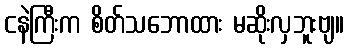
ငနဲကြီးက စိတ်သဘောထား မဆိုးလှဘူးဗျ။